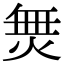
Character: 𭴿